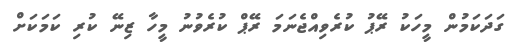
ގަދަކަމުން މީހަކު ރޭޕު ކުރެވިއްޖެނަމަ ރޭޕް ކުރެވުނު މީހާ ޒިނޭ ކުރި ކަމަކަށް